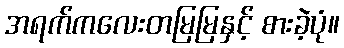
အရက်ကလေးတမြမြနှင့် စားခဲ့ပုံ။